Indian journal of veterinary science and animal husbandry - Volume 11,
Year: 1941
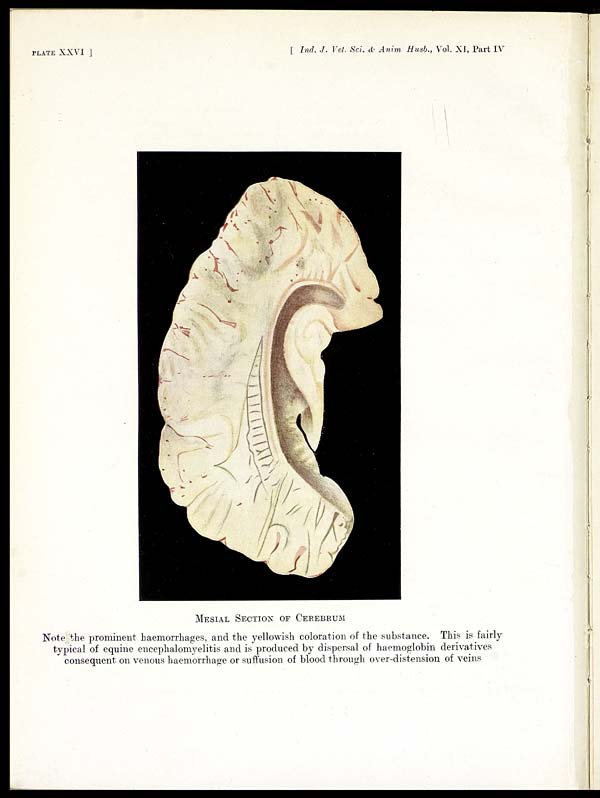
PLATE XXVI ]
[ Ind. J. Vet. Sci. & Anim. Husb., Vol. XI, Part IV
MESIAL SECTION OF CEREBRUM
Note the prominent haemorrhages, and the yellowish coloration of the substance. This is fairly
typical of equine encephalomyelitis and is produced by dispersal of haemoglobin derivatives
consequent on venous haemorrhage or suffusion of blood through over-distension of veins